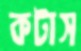
কটাস